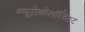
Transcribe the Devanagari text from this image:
न्यूरोनोलॉजिस्ट